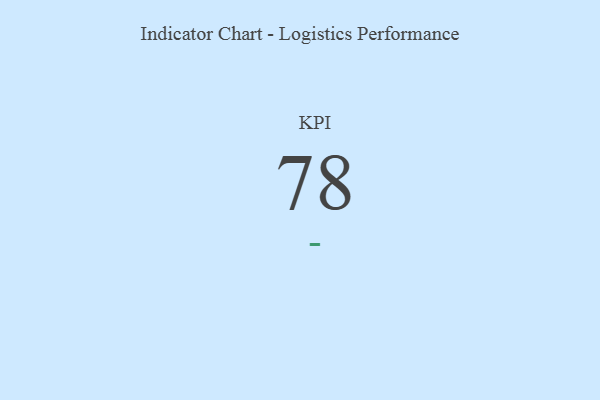
{"axis": {"x": "KPI", "y": "Value"}, "legend": [""], "data": [{"x": "KPI", "y": 78, "type": ""}]}